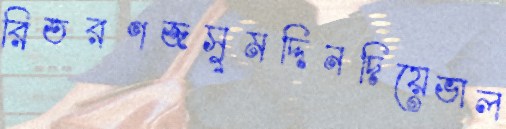
রিতরণজসুমদ্দিনদিয়েভাল